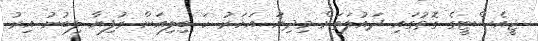
ޖީއެސްޓީގެ ގޮތުގައި ދައުލަތަށް މިދިޔަ އަހަރު ހަ ބިލިއަން ރުފިޔާ ލިބުނު އިރު